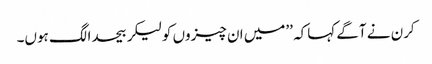
کرن نے آگے کہاکہ ’’میں ان چیزوں کولیکر بیحدالگ ہوں۔